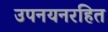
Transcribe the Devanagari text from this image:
उपनयनरहित